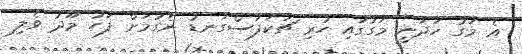
އެ މަގު ހަދަނީ މަގުގައި ހުރި ޗަކަފަސްގަނޑު ނެގުމަށް ފަހު މޫދު ވެލި